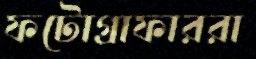
ফটোগ্রাফাররা